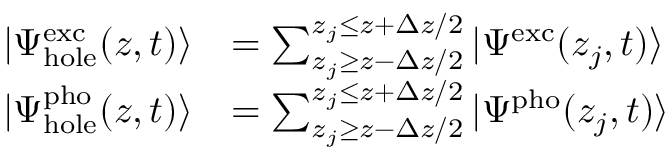
\begin{array} { r l } { | \Psi _ { \mathrm { h o l e } } ^ { \mathrm { e x c } } ( z , t ) \rangle } & { = \sum _ { z _ { j } \ge z - \Delta z / 2 } ^ { z _ { j } \le z + \Delta z / 2 } | \Psi ^ { \mathrm { e x c } } ( z _ { j } , t ) \rangle } \\ { | \Psi _ { \mathrm { h o l e } } ^ { \mathrm { p h o } } ( z , t ) \rangle } & { = \sum _ { z _ { j } \ge z - \Delta z / 2 } ^ { z _ { j } \le z + \Delta z / 2 } | \Psi ^ { \mathrm { p h o } } ( z _ { j } , t ) \rangle } \end{array}